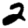
Digit: 2